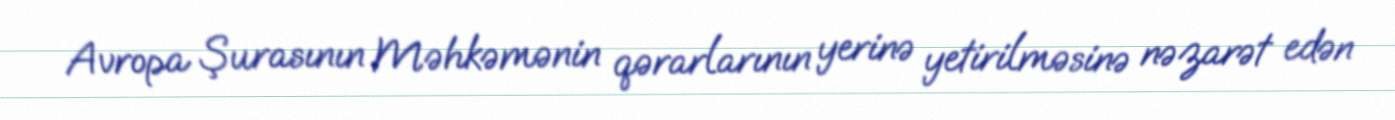
Avropa Şurasının Məhkəmənin qərarlarının yerinə yetirilməsinə nəzarət edən